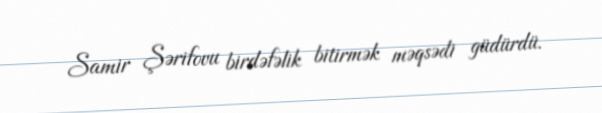
Samir Şərifovu birdəfəlik bitirmək məqsədi güdürdü.